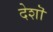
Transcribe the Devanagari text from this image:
देशॊ